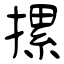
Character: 摞